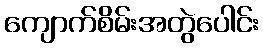
ကျောက်စိမ်းအတွဲပေါင်း